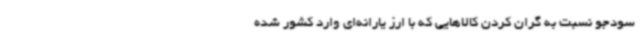
سودجو نسبت به گران کردن کالاهایی که با ارز یارانه‌ای وارد کشور شده